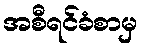
အစီရင်ခံစာမှ